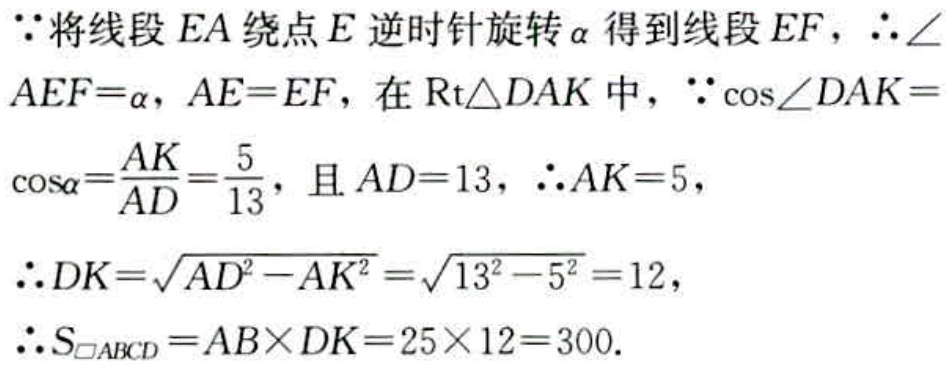
$\because$将线段$EA$绕点$E$逆时针旋转$\alpha$得到线段$EF$，$\therefore \angle AEF = \alpha$，$AE = EF$，在$\text{Rt}\triangle DAK$中，$\because \cos\angle DAK = \cos\alpha=\frac{AK}{AD}=\frac{5}{13}$，且$AD = 13$，$\therefore AK = 5$，
$\therefore DK=\sqrt{AD^{2}-AK^{2}}=\sqrt{13^{2}-5^{2}} = 12$，
$\therefore S_{\square ABCD}=AB\times DK = 25\times12 = 300.$